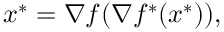
x ^ { * } = \nabla f ( \nabla f ^ { * } ( x ^ { * } ) ) ,